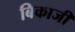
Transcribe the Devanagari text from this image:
बिकाजी